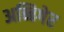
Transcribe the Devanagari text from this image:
अब्बिगेर